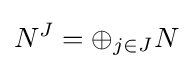
N^{J}=\oplus _{j\in J}N